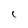
Character: C